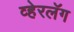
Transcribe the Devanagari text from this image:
व्हेरलॅग